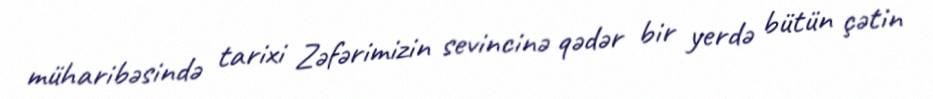
müharibəsində tarixi Zəfərimizin sevincinə qədər bir yerdə bütün çətin